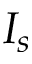
I _ { s }